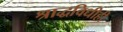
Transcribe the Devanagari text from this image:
श्राद्धविधीही